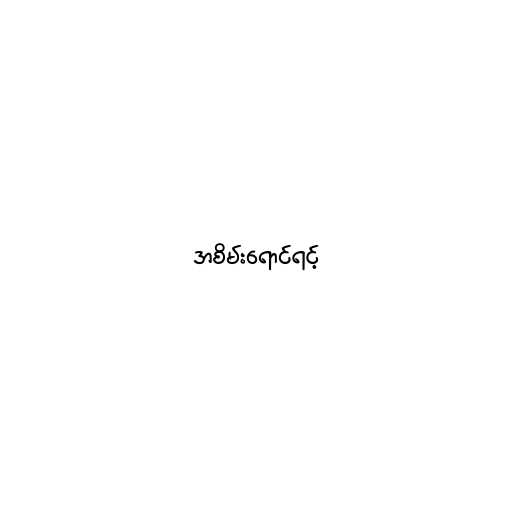
အစိမ်းရောင်ရင့်